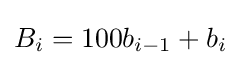
B_{i}=100b_{i-1}+b_{i}